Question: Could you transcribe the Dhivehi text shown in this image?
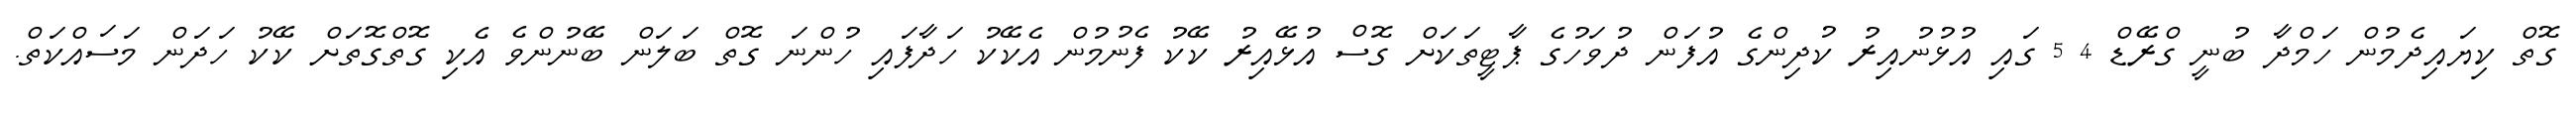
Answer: ގޮތް ކިޔައިދެމުން ހަމްދާ ބުނީ ގްރޭޑް 4 5 ގައި އުޅުނުއިރު ކުދިންގެ އުފަން ދުވަހުގެ ޕާޓީތަކަށް ގޮސް އުޅޭއިރު ކޭކު ފެނުމުން އެކޭކު ހަދާފައި ހުންނަ ގޮތް ބަލަން ބޭނުންވެ އެކި ގޮތްގޮތަށް ކޭކު ހަދަން މަސައްކަތް.